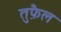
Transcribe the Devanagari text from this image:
तुफ़ैल